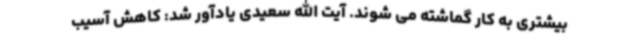
بیشتری به کار گماشته می شوند. آیت الله سعیدی یادآور شد: کاهش آسیب